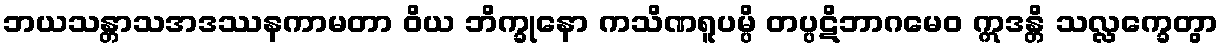
ဘယသန္တာသအဒဿနကာမတာ ဝိယ ဘိက္ခုနော ကသိဏရူပမ္ပိ တပ္ပဋိဘာဂမေဝ ဣဒန္တိ သလ္လက္ခေတွာ